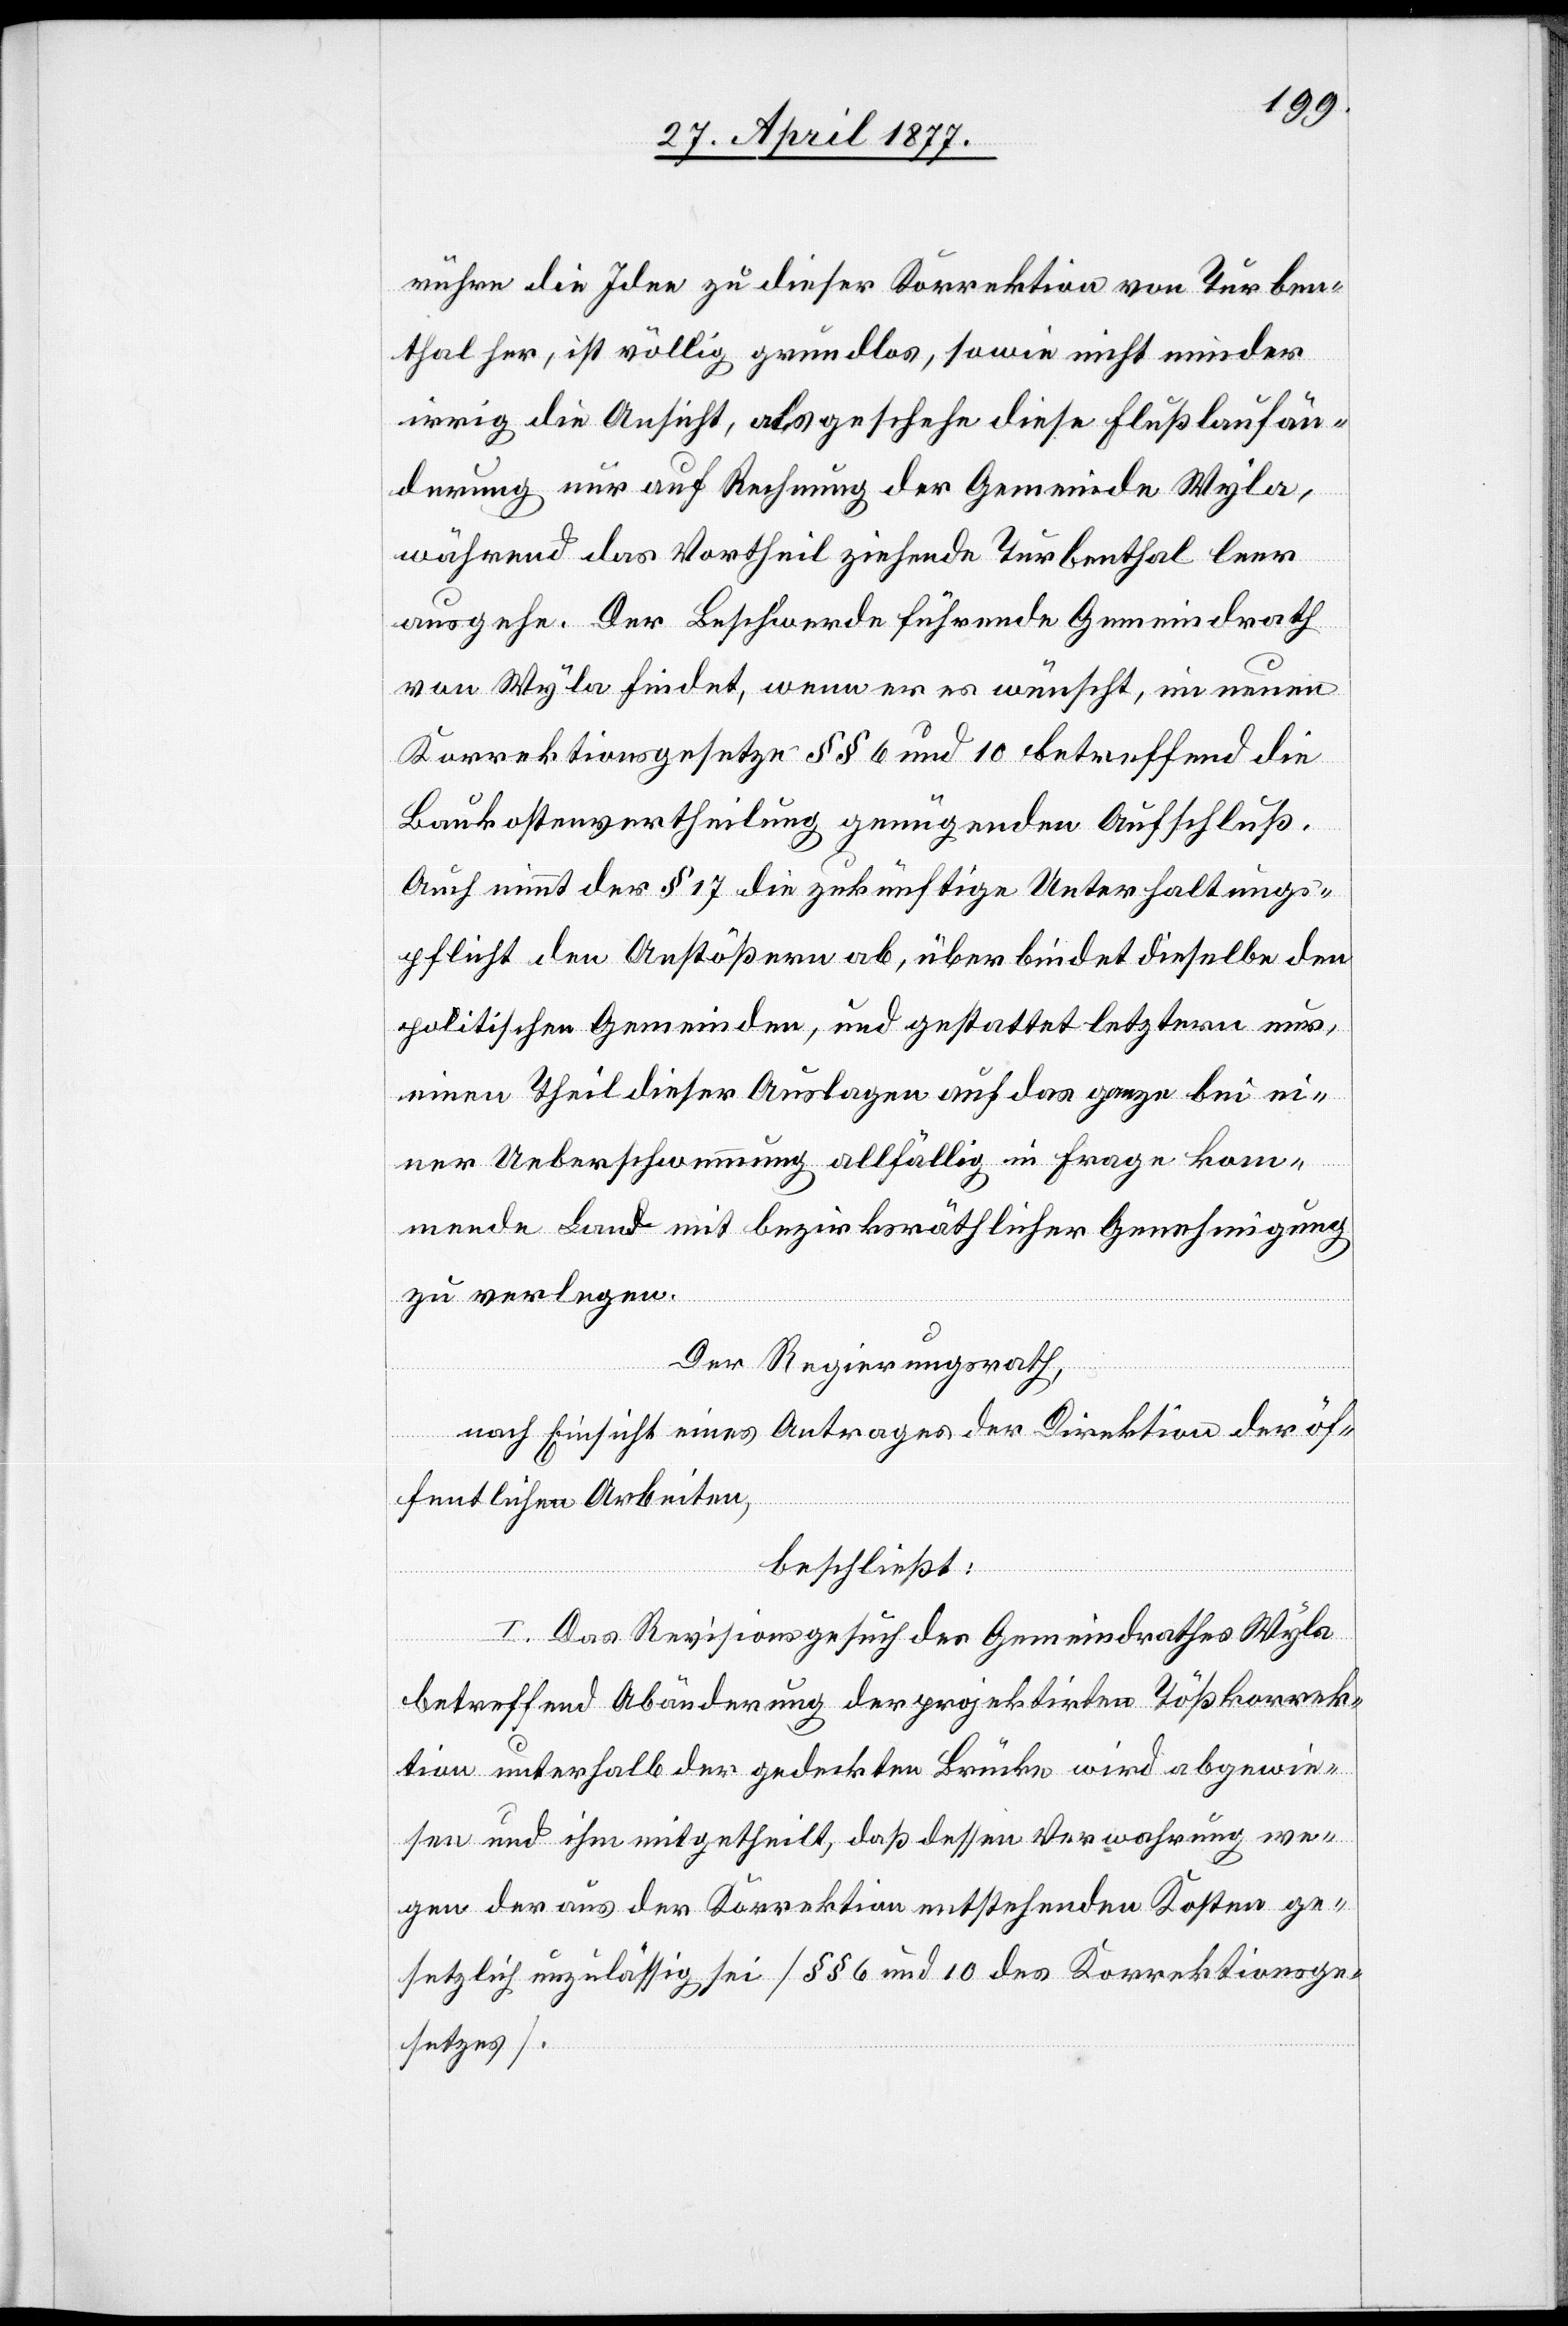
rühre die Idee zu dieser Korrektion von Turben¬
thal her, ist völlig grundlos, sowie nicht minder
irrig die Ansicht, als geschehe diese Flußlaufän¬
derung nur auf Rechnung der Gemeinde Wyla,
während das Vortheil ziehende Turbenthal leer
ausgehe. Der Beschwerde führende Gemeindrath
von Wyla findet, wenn er es wünscht, im neuen
Korrektionsgesetze §§ 6 und 10 betreffend die
Baukostenvertheilung genügenden Aufschluß.
Auch nimmt der § 17 die zukünftige Unterhaltungs¬
pflicht den Anstößern ab, überbindet dieselbe den
politischen Gemeinden, und gestattet letztern nur,
einen Theil dieser Auslagen auf das ganze bei ei¬
ner Ueberschwemmung allfällig in Frage kom¬
mende Land mit bezirksräthlicher Genehmigung
zu verlegen.
Der Regierungsrath,
nach Einsicht eines Antrages der Direktion der öf¬
fentlichen Arbeiten,
beschließt:
I. Das Revisionsgesuch des Gemeindrathes Wyla
betreffend Abänderung der projektirten Tößkorrek¬
tion unterhalb der gedeckten Brücke wird abgewie¬
sen und ihm mitgetheilt, daß dessen Verwahrung we¬
gen der aus der Korrektion entstehenden Kosten ge¬
setzlich unzulässig sei [§§ 6 und 10 des Korrektionsge¬
setzes].